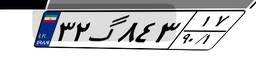
۲۰گ۳۹۹۹۴